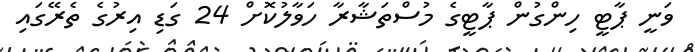
ވަނީ ޕާޓީ ހިންގުން ޕާޓީގެ މުސްތަޝާރާ ހަވާލުކޮށް 24 ގަޑި އިރުގެ ތެރޭގައި